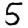
Digit: 5